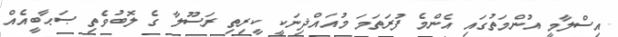
އިސްލާމީ އުންމަތުގައި އެންމެ ފުރަތަމަ މުއައްޛިނަކީ ކީރިތި ރަސޫލާ ގެ ލޮބުވެތި ޞަޙާބީއެއް